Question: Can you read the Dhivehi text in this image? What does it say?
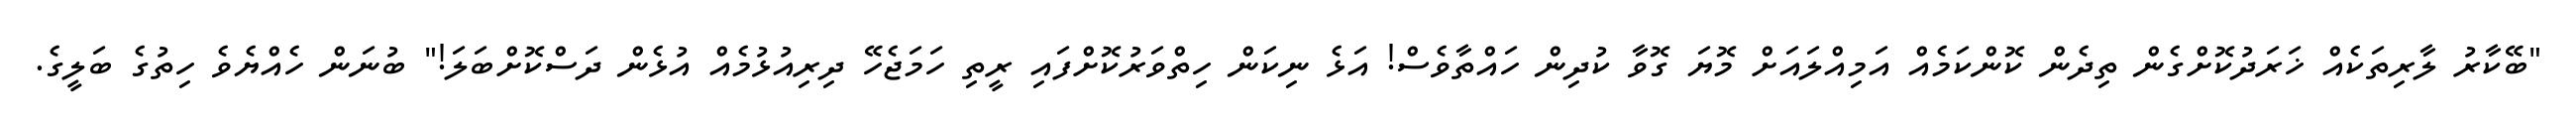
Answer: "ބޭކާރު ލާރިތަކެއް ޚަރަދުކޮށްގެން ތިދެން ކޮންކަމެއް އަމިއްލައަށް މޮޔަ ގޮވާ ކުދިން ހައްތާވެސް! އަޅެ ނިކަން ހިތްވަރުކޮށްފައި ރީތި ހަމަޖެހޭ ދިރިއުޅުމެއް އުޅެން ދަސްކޮށްބަލަ!" ބުނަން ހެއްޔެވެ ހިތުގެ ބަލީގެ.